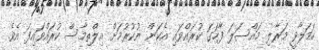
ހަމަލާދީ މަރާލި މައްސަލަ ފާހަގަ ކުރައްވައި އެކަން ނުކުރުމަށް އިލްތިމާސް ކުރައްވައިފަ އެވެ.